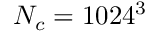
N _ { c } = 1 0 2 4 ^ { 3 }